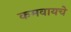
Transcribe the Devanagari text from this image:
कमवायचे